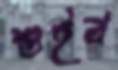
শুইব